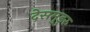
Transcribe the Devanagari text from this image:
देसमुडुरु